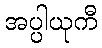
အပ္ပါယုကီ